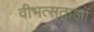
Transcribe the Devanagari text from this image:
वीभत्सताओं